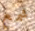
شمع